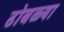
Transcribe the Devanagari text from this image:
ढोबळ्या